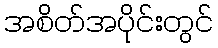
အစိတ်အပိုင်းတွင်